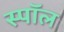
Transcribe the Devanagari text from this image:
स्पॉल